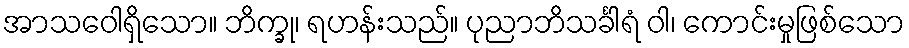
အာသဝေါရှိသော။ ဘိက္ခု၊ ရဟန်းသည်။ ပုညာဘိသင်္ခါရံ ဝါ၊ ကောင်းမှုဖြစ်သော